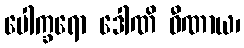
ပေါက္ခရော ဒေါဏိ ဝီဏာယ၊